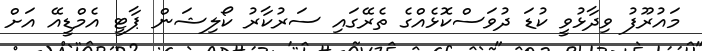
މައުރޫފު ވިދާޅުވީ ކުޑަ ދުވަސްކޮޅެއްގެ ތެރޭގައި ސަރުކާރު ކޯލިޝަން ޕާޓީ އެމްޑީއޭ އަށް